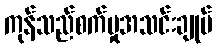
ကုန်သည်စက်မှုအသင်းချုပ်